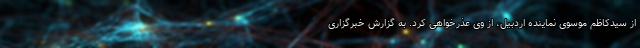
از سیدکاظم موسوی نماینده اردبیل، از وی عذرخواهی کرد. به گزارش خبرگزاری